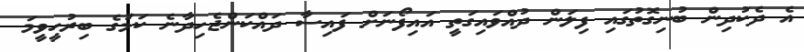
އެ ދެކުދިން ބުނިގޮތުގައި ފިލަން ދުއްވައިގަތީ އައިފޯނަށް ފައިސާ ދައްކަންޖެހިދާނެ ކަމުގެ ބިރުހީވީމަ